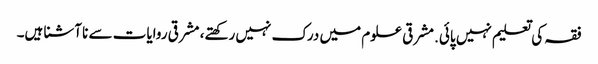
فقہ کی تعلیم نہیں پائی. مشرقی علوم میں درک نہیں رکھتے، مشرقی روایات سے نا آشنا ہیں۔